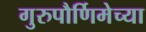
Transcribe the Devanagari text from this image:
गुरुपौर्णिमेच्या